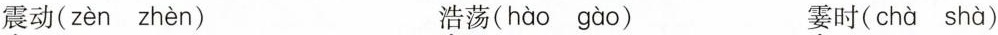
震动( zèn zhèn ) 浩荡( hào gào ) 霎时( chà shà )